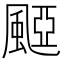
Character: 𩗽